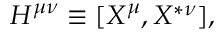
H ^ { \mu \nu } \equiv [ X ^ { \mu } , X ^ { * \nu } ] ,